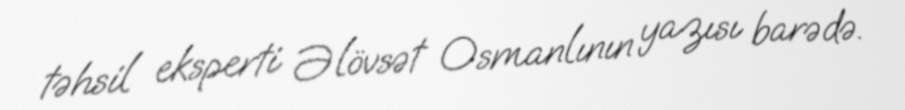
təhsil eksperti Əlövsət Osmanlının yazısı barədə.